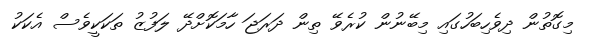
މިގޮތުން ދިވެހިބަހުގައި މިބޭނުން ކުރެވޭ ތިން ދަރަޖަ ހާމަކޮށްދޭ ލަފުޒު ތަކަކީވެސް އެކަކު